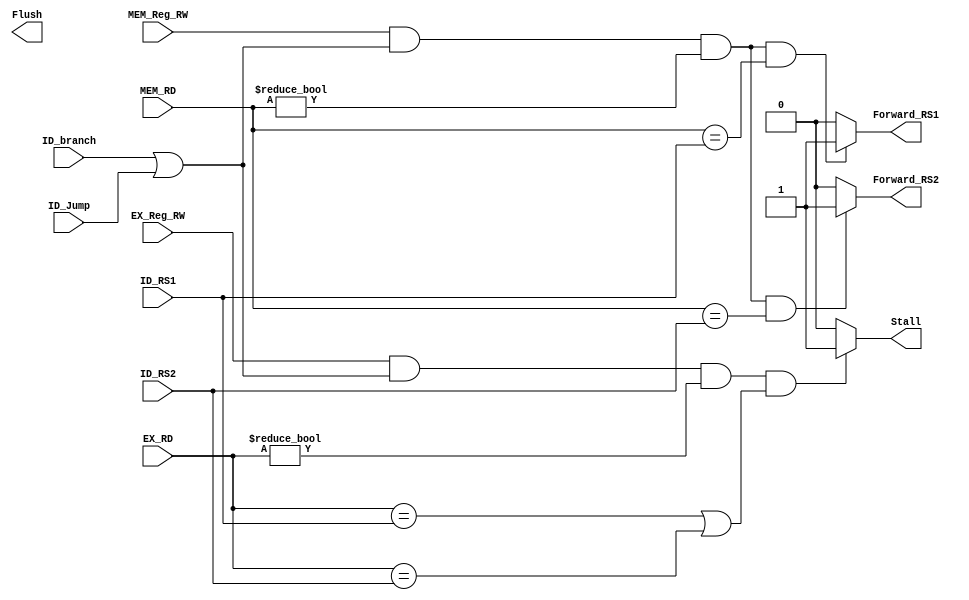
module branch_forward_unit(
    input MEM_Reg_RW,
    input [4:0] MEM_RD,
    input       EX_Reg_RW,
    input [4:0] EX_RD,
    input       ID_branch,
    input       ID_Jump,
    input [4:0] ID_RS1,
    input [4:0] ID_RS2,
    output reg  Forward_RS1,
    output reg  Forward_RS2,
    output reg  Stall,
    output reg  Flush
    );
    
    
always @(*) begin
    Forward_RS1 = 1'b0;
    Forward_RS2 = 1'b0;
    Stall       = 1'b0;
    //forwarding for RS1 input of the comparator
    if(MEM_Reg_RW && (ID_branch || ID_Jump) && MEM_RD != 5'd0 && MEM_RD == ID_RS1)
        Forward_RS1 = 1'b1;
    else
        Forward_RS1 = 1'b0;
    //forwarding for RS2 input of the comparator    
    if(MEM_Reg_RW && (ID_branch || ID_Jump) && MEM_RD != 5'd0 && MEM_RD == ID_RS2)
        Forward_RS2 = 1'b1;
    else
        Forward_RS2 = 1'b0;
    //Stalling for EX stage 
    if(EX_Reg_RW && (ID_branch || ID_Jump) && EX_RD != 5'd0 && (EX_RD == ID_RS1 || EX_RD == ID_RS2))
        Stall = 1'b1;
    else
        Stall = 1'b0;

end
    
endmodule